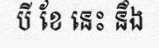
បី ខែ នេះ នឹង